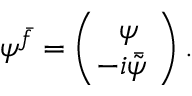
\psi ^ { \bar { f } } = \left( \begin{array} { c } { { \psi \! } } \\ { { \! \! \! - i \bar { \tilde { \psi } } \! } } \end{array} \right) .